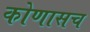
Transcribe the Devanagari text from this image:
कोणासच